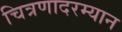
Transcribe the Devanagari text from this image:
चित्रणादरम्यान